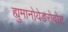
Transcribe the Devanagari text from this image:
ह्युमानोयेडरोबोट